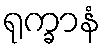
ရုက္ခာနံ